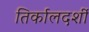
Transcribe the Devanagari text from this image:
तिर्कालदर्शी